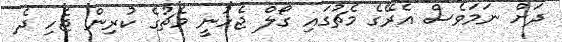
ދަށް ނަމަވެސް އެރޭގެ މެޗުގައި ގޯލް ޖެހުނީ މެޗުގެ ކުރިން ޖެހި ދެ